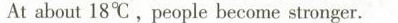
At about 18℃,people become stonger.